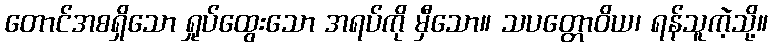
တောင်အစရှိသော ရှုပ်ထွေးသော အရပ်ကို မှီသော။ သပတ္တောဝိယ၊ ရန်သူကဲ့သို့။